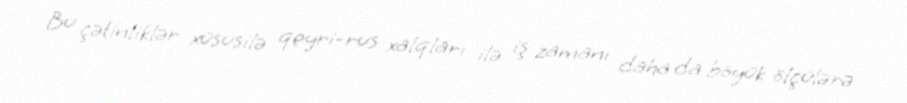
Bu çətinliklər xüsusilə qeyri-rus xalqları ilə iş zamanı daha da böyük ölçülərə